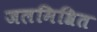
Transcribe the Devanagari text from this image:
जलमिश्रित